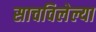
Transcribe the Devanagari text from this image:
साचविलेल्या